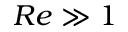
R e \gg 1